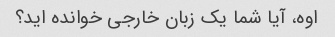
اوه، آیا شما یک زبان خارجی خوانده اید؟